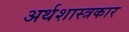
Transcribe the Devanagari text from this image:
अर्थशास्त्रकार